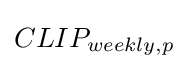
CLIP_{weekly,p}